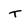
Character: t